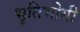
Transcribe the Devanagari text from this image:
भृतिभोगी